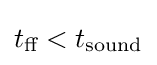
t_{\text{ff}}<t_{\text{sound}}